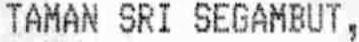
TAMAN SRI SEGAMBUT,